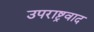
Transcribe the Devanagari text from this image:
उपराष्ट्रवाद